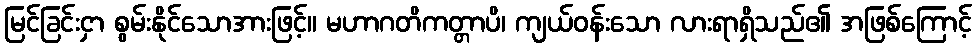
မြင်ခြင်းငှာ စွမ်းနိုင်သောအားဖြင့်။ မဟာဂတိကတ္တာပိ၊ ကျယ်ဝန်းသော လားရာရှိသည်၏ အဖြစ်ကြောင့်